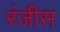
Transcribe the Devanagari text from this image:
रंजीस